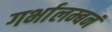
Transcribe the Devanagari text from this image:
गर्भालम्बनं